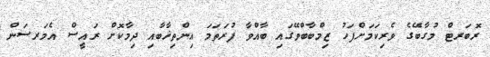
ރޮބަރޓް މުގާބޭގެ ވެރިކަމަށްފަހު ޒިމްބާބްވޭގައި ބާއްވާ ފުރަތަމަ އިންތިޚާބާއި ދިމާކޮށް ރައީސް އެމަރސަން